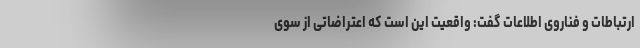
ارتباطات و فناروی اطلاعات گفت: واقعیت این است که اعتراضاتی از سوی